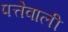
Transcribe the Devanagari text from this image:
पत्तेवाली